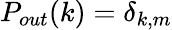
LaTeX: P_{out}(k)=\delta_{k,m}